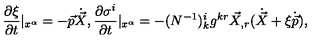
\frac { \partial \xi } { \partial t } | _ { x ^ { \alpha } } = - \vec { p } \dot { \vec { X } } , \frac { \partial \sigma ^ { i } } { \partial t } | _ { x ^ { \alpha } } = - ( N ^ { - 1 } ) _ { k } ^ { i } g ^ { k r } \vec { X } _ { , r } ( \dot { \vec { X } } + \xi \dot { \vec { p } } ) ,